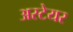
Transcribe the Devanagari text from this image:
अस्टेयर